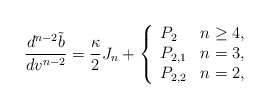
\begin{align*} \frac{d^{n-2}\tilde{b}}{dv^{n-2}}=\frac{\kappa}{2}J_n+\left\{ \begin{array}{ll} P_2 & n\geq 4,\\ P_{2,1} & n=3,\\ P_{2,2} & n=2, \end{array}\right.\end{align*}